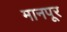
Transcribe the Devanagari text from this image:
मानपूर